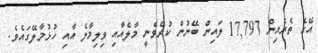
އޭގެ ތެރެއިން 17